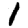
Digit: 1